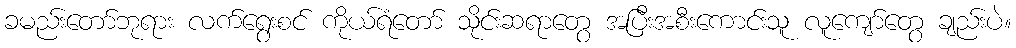
ခမည်းတော်ဘုရား လက်ရွေးစင် ကိုယ်ရံတော် သိုင်းဆရာတွေ အပြီးအစီးကောင်းသူ လူကျော်တွေ ချည်းပဲ။